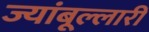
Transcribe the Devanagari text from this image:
ज्यांबूल्लारी